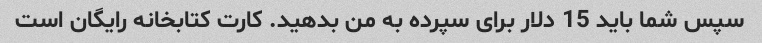
سپس شما باید 15 دلار برای سپرده به من بدهید. کارت کتابخانه رایگان است